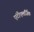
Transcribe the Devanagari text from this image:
एंटीएलर्जिक